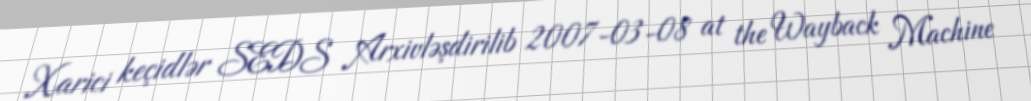
Xarici keçidlər SEDS Arxivləşdirilib 2007-03-08 at the Wayback Machine